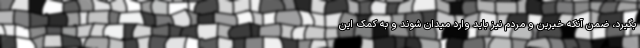
بگیرد، ضمن آنکه خیّرین و مردم نیز باید وارد میدان شوند و به کمک این